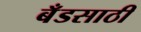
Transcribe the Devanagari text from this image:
बँडसाठी